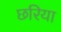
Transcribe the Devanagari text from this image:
छरिया